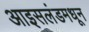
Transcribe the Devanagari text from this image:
आइसलंडमधून